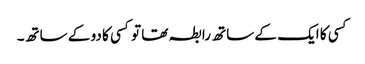
کسی کا ایک کے ساتھ رابطہ تھا تو کسی کا دو کے ساتھ۔